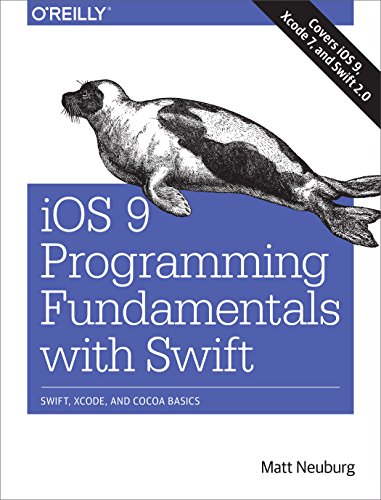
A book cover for iOS 9 Programming Fundamentals with Swift: Swift, Xcode, and Cocoa Basics; Matt Neuburg; Computers & Technology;